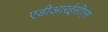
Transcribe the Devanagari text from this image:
एडीआरईसीएस